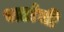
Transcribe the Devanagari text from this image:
भटांची